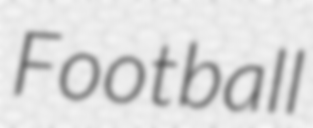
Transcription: Football